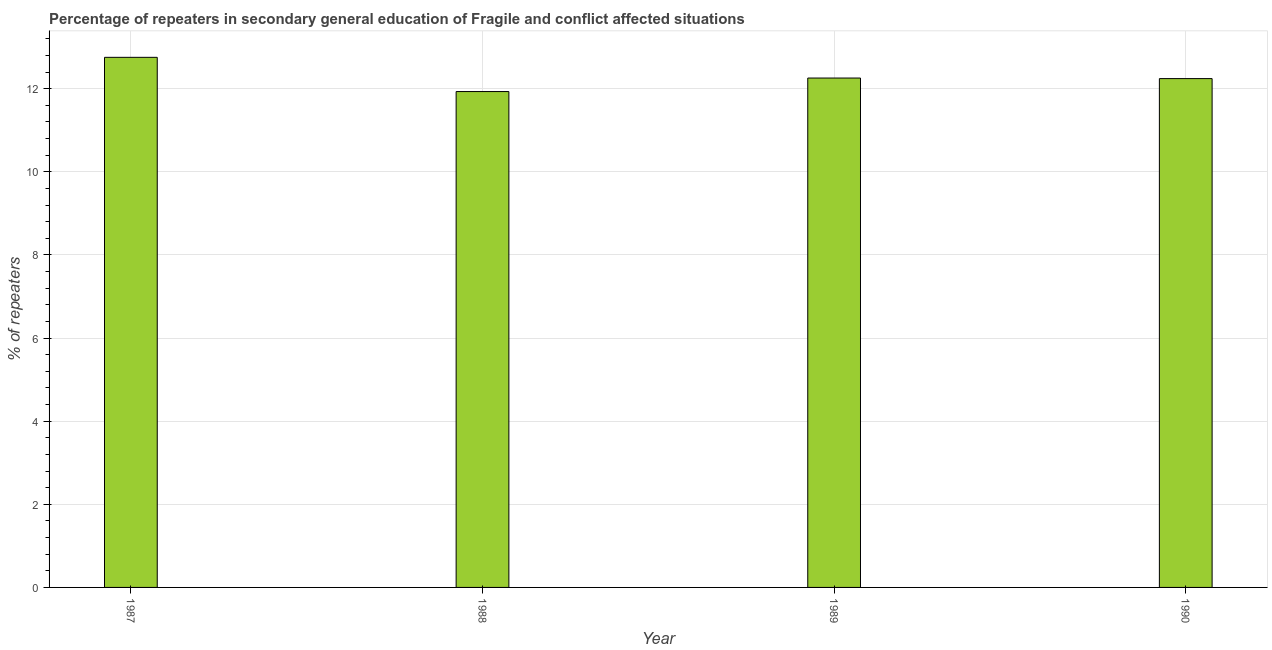
| Year | Percentage of repeaters |
 | --- | --- |
 | 1987 | 12.8 |
 | 1988 | 11.9 |
 | 1989 | 12.3 |
 | 1990 | 12.2 |